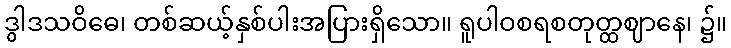
ဒွါဒသဝိဓေ၊ တစ်ဆယ့်နှစ်ပါးအပြားရှိသော။ ရူပါဝစရစတုတ္ထဈာနေ၊ ၌။